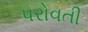
પરોવતી